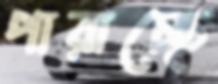
পারাচ্ছে